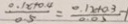
\frac { 0 . 1 x + 0 . 4 } { 5 } = \frac { 0 . 1 x + a 3 } { 0 . 0 5 }